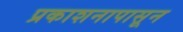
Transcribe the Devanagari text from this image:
प्रकाशनापासून